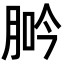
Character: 𦛽